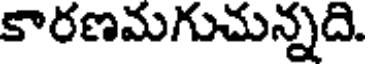
కారణమగుచున్నది.